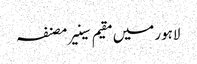
لاہور میں مقیم سینیر مصنفہ